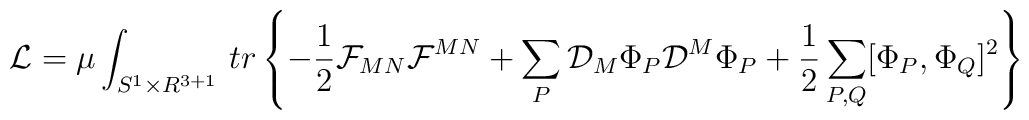
{\cal L} =  \mu \int_{S^1\times R^{3+1}}  \, tr \left\{ - \frac{1}{2}{\cal F}_{MN}{\cal F}^{MN} +  \sum_P{\cal D}_M\Phi_P {\cal D}^M\Phi_P + \frac{1}{2} \sum_{P,Q}[\Phi_P,\Phi_Q]^2 \right\}